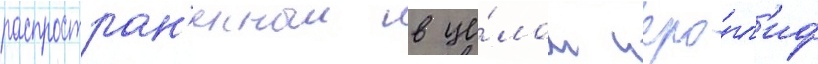
распростран'енныи в це́лом иеро́гл'иф